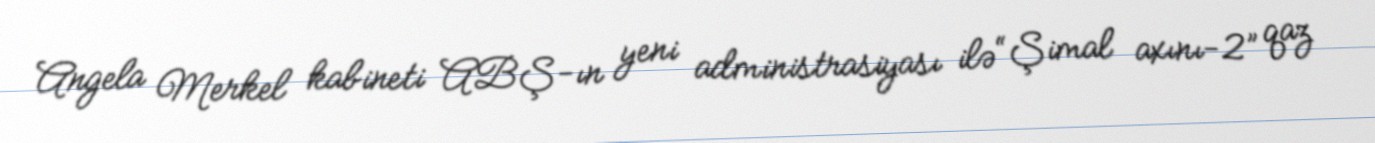
Angela Merkel kabineti ABŞ-ın yeni administrasiyası ilə “Şimal axını-2” qaz